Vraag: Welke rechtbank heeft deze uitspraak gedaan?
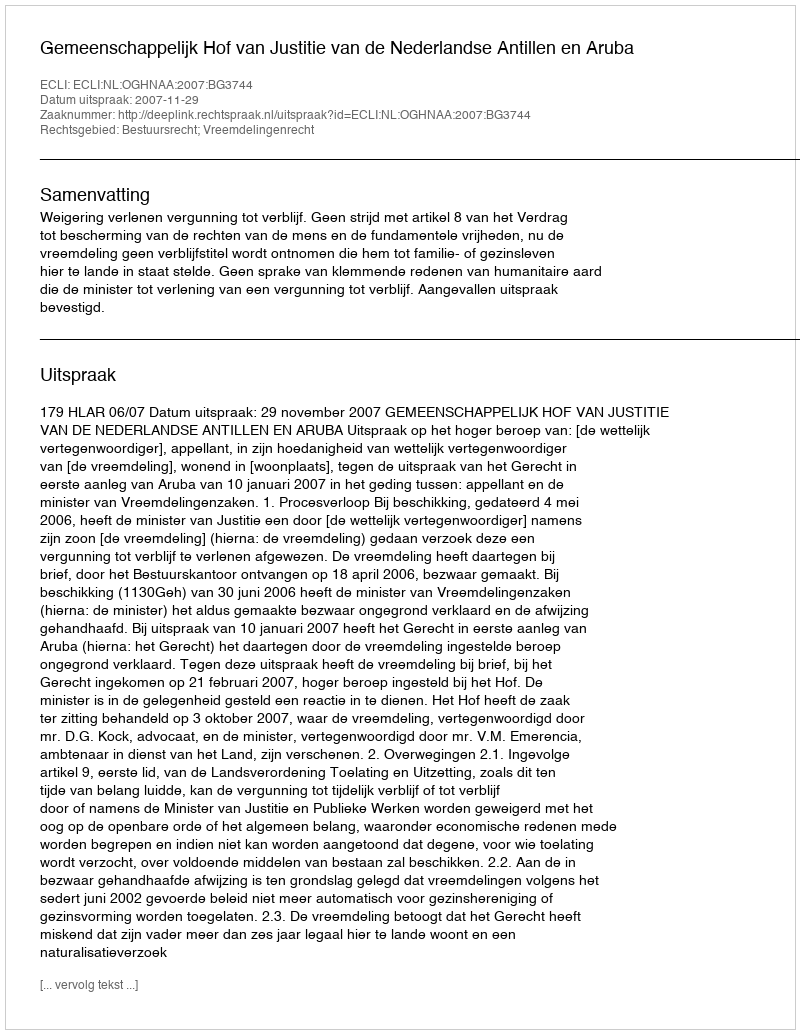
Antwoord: Gemeenschappelijk Hof van Justitie van de Nederlandse Antillen en Aruba